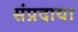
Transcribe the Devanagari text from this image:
संप्रदाया